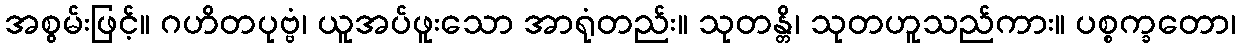
အစွမ်းဖြင့်။ ဂဟိတပုဗ္ဗံ၊ ယူအပ်ဖူးသော အာရုံတည်း။ သုတန္တိ၊ သုတဟူသည်ကား။ ပစ္စက္ခတော၊